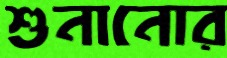
শুনানোর